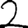
Digit: 2